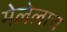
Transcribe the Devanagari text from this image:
मेलेलाच